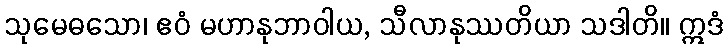
သုမေဓသော၊ ဧဝံ မဟာနုဘာဝါယ, သီလာနုဿတိယာ သဒါတိ။ ဣဒံ